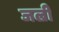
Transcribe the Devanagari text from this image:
जल्री